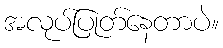
အလုပ်ပြုတ်နေတာပဲ။